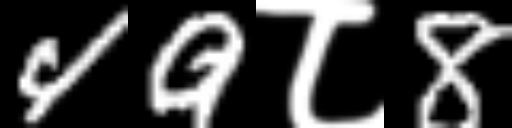
Text: 49८8